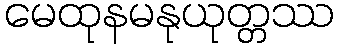
မေထုနမနုယုတ္တဿ